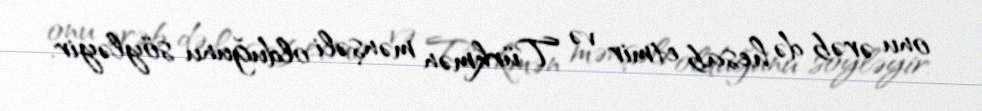
onu ərəb də hesab etmir və Türkmən mənşəli olduğunu söyləyir.